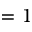
= 1